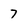
Character: 7